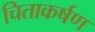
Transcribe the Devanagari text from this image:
चिताकर्षण